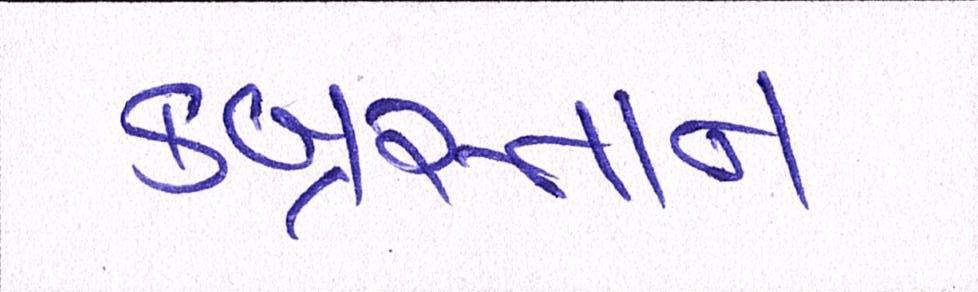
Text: કબ્રસ્તાન